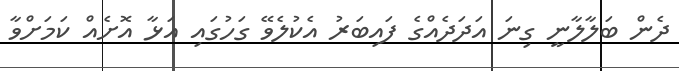
ދެން ބަލާލާނީ ގިނަ އަދަދެއްގެ ފައިބަރު އެކުލެވޭ ގަހުގައި އަޅާ އޮށެއް ކަމަށްވާ